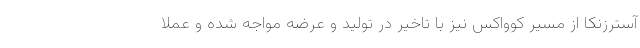
آسترزنکا از مسیر کوواکس نیز با تاخیر در تولید و عرضه مواجه شده و عملا